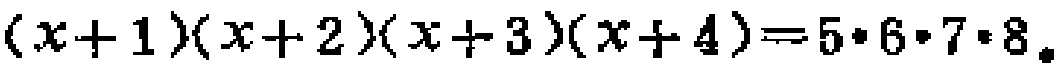
\((x + 1)(x + 2)(x + 3)(x + 4)=5\cdot6\cdot7\cdot8\)